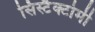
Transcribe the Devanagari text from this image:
सिस्टैक्टोमी